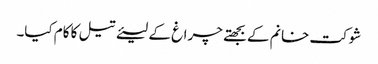
شوکت خانم کے بجھتے چراغ کے لیئے تیل کا کام کیا۔